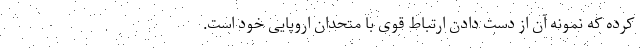
کرده که نمونه آن از دست دادن ارتباط قوی با متحدان اروپایی خود است.